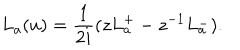
LaTeX: L _ { a } ( u ) = { \frac { 1 } { 2 i } } ( z L _ { a } ^ { + } - z ^ { - 1 } L _ { a } ^ { - } ) .